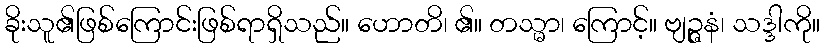
ခိုးသူ၏ဖြစ်ကြောင်းဖြစ်ရာရှိသည်။ ဟောတိ၊ ၏။ တသ္မာ၊ ကြောင့်။ ဗျဉ္ဇနံ၊ သဒ္ဒါကို။